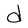
Character: d